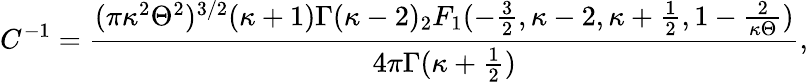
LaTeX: C^{-1}=\frac{(\pi\kappa^{2}\Theta^{2})^{3/2}(\kappa+1)\Gamma(\kappa-2)_{2}F_{1}(-\frac{3}{2},\kappa-2,\kappa+\frac{1}{2},1-\frac{2}{\kappa\Theta})}{4\pi\Gamma(\kappa+\frac{1}{2})},